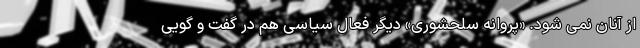
از آنان نمی شود. «پروانه سلحشوری» دیگر فعال سیاسی هم در گفت و گویی